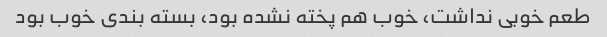
طعم خوبی نداشت، خوب هم پخته نشده بود، بسته بندی خوب بود